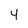
Character: 4